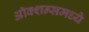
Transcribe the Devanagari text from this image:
ऑक्शन्समध्ये